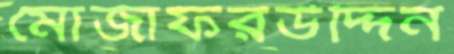
মোজাফরউদ্দিন